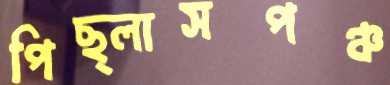
পিছ্‌লাসপঞ্চ